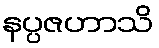
နပ္ပဇဟာသိ